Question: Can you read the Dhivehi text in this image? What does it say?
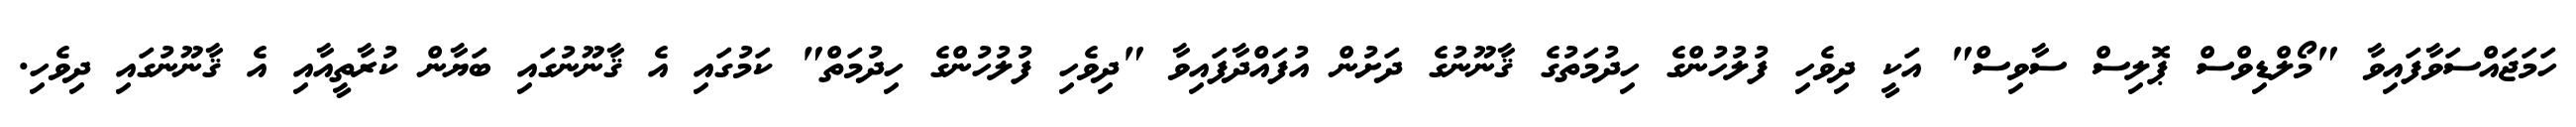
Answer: ހަމަޖައްސަވާފައިވާ "މޯލްޑިވްސް ޕޮލިސް ސާވިސް" އަކީ ދިވެހި ފުލުހުންގެ ހިދުމަތުގެ ޤާނޫނުގެ ދަށުން އުފައްދާފައިވާ "ދިވެހި ފުލުހުންގެ ހިދުމަތް" ކަމުގައި އެ ޤާނޫނުގައި ބަޔާން ކުރާތީއާއި އެ ޤާނޫނުގައި ދިވެހި.